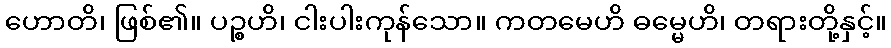
ဟောတိ၊ ဖြစ်၏။ ပဉ္စဟိ၊ ငါးပါးကုန်သော။ ကတမေဟိ ဓမ္မေဟိ၊ တရားတို့နှင့်။